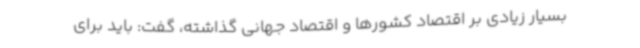
بسیار زیادی بر اقتصاد کشورها و اقتصاد جهانی گذاشته، گفت: باید برای